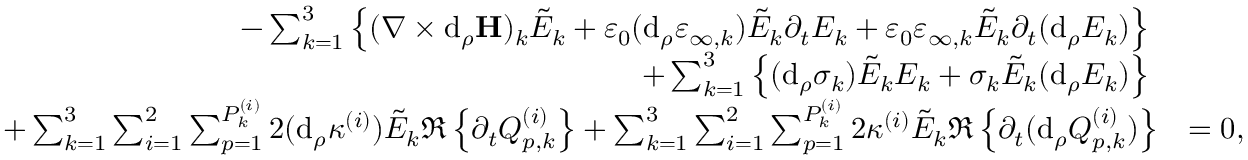
\begin{array} { r l } { - \sum _ { k = 1 } ^ { 3 } \left\{ ( \nabla \times \mathrm { d } _ { \rho } \mathbf { H } ) _ { k } \tilde { E } _ { k } + \varepsilon _ { 0 } ( \mathrm { d } _ { \rho } \varepsilon _ { \infty , k } ) \tilde { E } _ { k } \partial _ { t } E _ { k } + \varepsilon _ { 0 } \varepsilon _ { \infty , k } \tilde { E } _ { k } \partial _ { t } ( \mathrm { d } _ { \rho } E _ { k } ) \right\} \; } & { } \\ { + \sum _ { k = 1 } ^ { 3 } \left\{ ( \mathrm { d } _ { \rho } \sigma _ { k } ) \tilde { E } _ { k } E _ { k } + \sigma _ { k } \tilde { E } _ { k } ( \mathrm { d } _ { \rho } E _ { k } ) \right\} \; } & { } \\ { + \sum _ { k = 1 } ^ { 3 } \sum _ { i = 1 } ^ { 2 } \sum _ { p = 1 } ^ { P _ { k } ^ { ( i ) } } 2 ( \mathrm { d } _ { \rho } \kappa ^ { ( i ) } ) \tilde { E } _ { k } \Re \left\{ \partial _ { t } Q _ { p , k } ^ { ( i ) } \right\} + \sum _ { k = 1 } ^ { 3 } \sum _ { i = 1 } ^ { 2 } \sum _ { p = 1 } ^ { P _ { k } ^ { ( i ) } } 2 \kappa ^ { ( i ) } \tilde { E } _ { k } \Re \left\{ \partial _ { t } ( \mathrm { d } _ { \rho } Q _ { p , k } ^ { ( i ) } ) \right\} } & { = 0 , } \end{array}